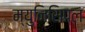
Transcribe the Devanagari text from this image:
म्‍युनिसिपल